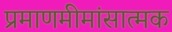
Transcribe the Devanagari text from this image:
प्रमाणमीमांसात्मक